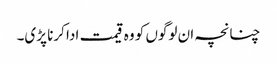
چنانچہ ان لوگوں کو وہ قیمت ادا کرنا پڑی۔